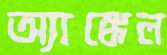
অ্যাঙ্কেল